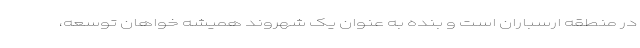
در منطقه ارسباران است و بنده به عنوان یک شهروند همیشه خواهان توسعه،